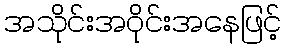
အသိုင်းအဝိုင်းအနေဖြင့်